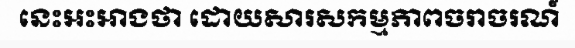
នេះអះអាងថា ដោយសារសកម្មភាពចរាចរណ៍